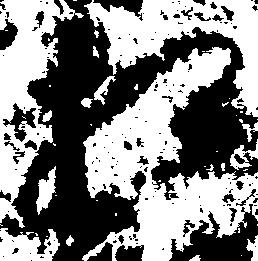
相